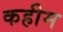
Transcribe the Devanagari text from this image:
कहीम